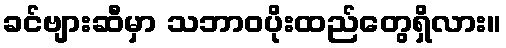
ခင်ဗျားဆီမှာ သဘာဝပိုးထည်တွေရှိလား။